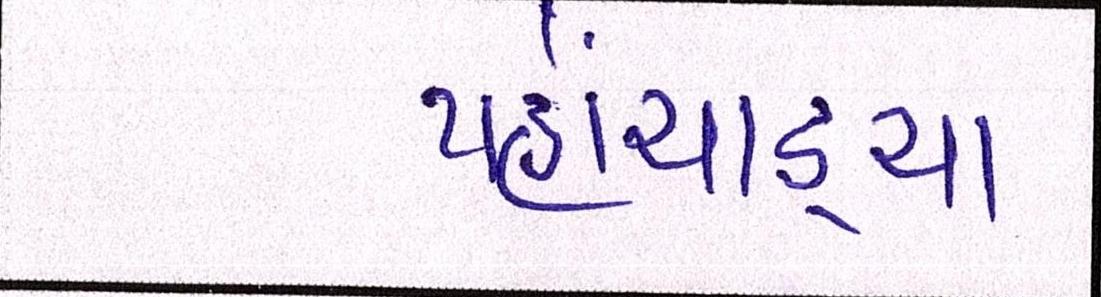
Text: પહોંચાડ્યા